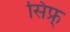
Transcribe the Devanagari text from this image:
सिफ्र्